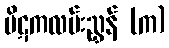
ပိဋကလမ်းညွှန် (က)